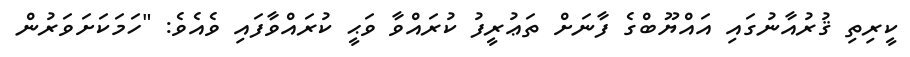
ކީރިތި ޤުރުއާނުގައި އައްޔޫބްގެ ފާނަށް ތަޢުރީފު ކުރައްވާ ވަޙީ ކުރައްވާފައި ވެއެވެ: "ހަމަކަށަވަރުން